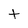
Character: t